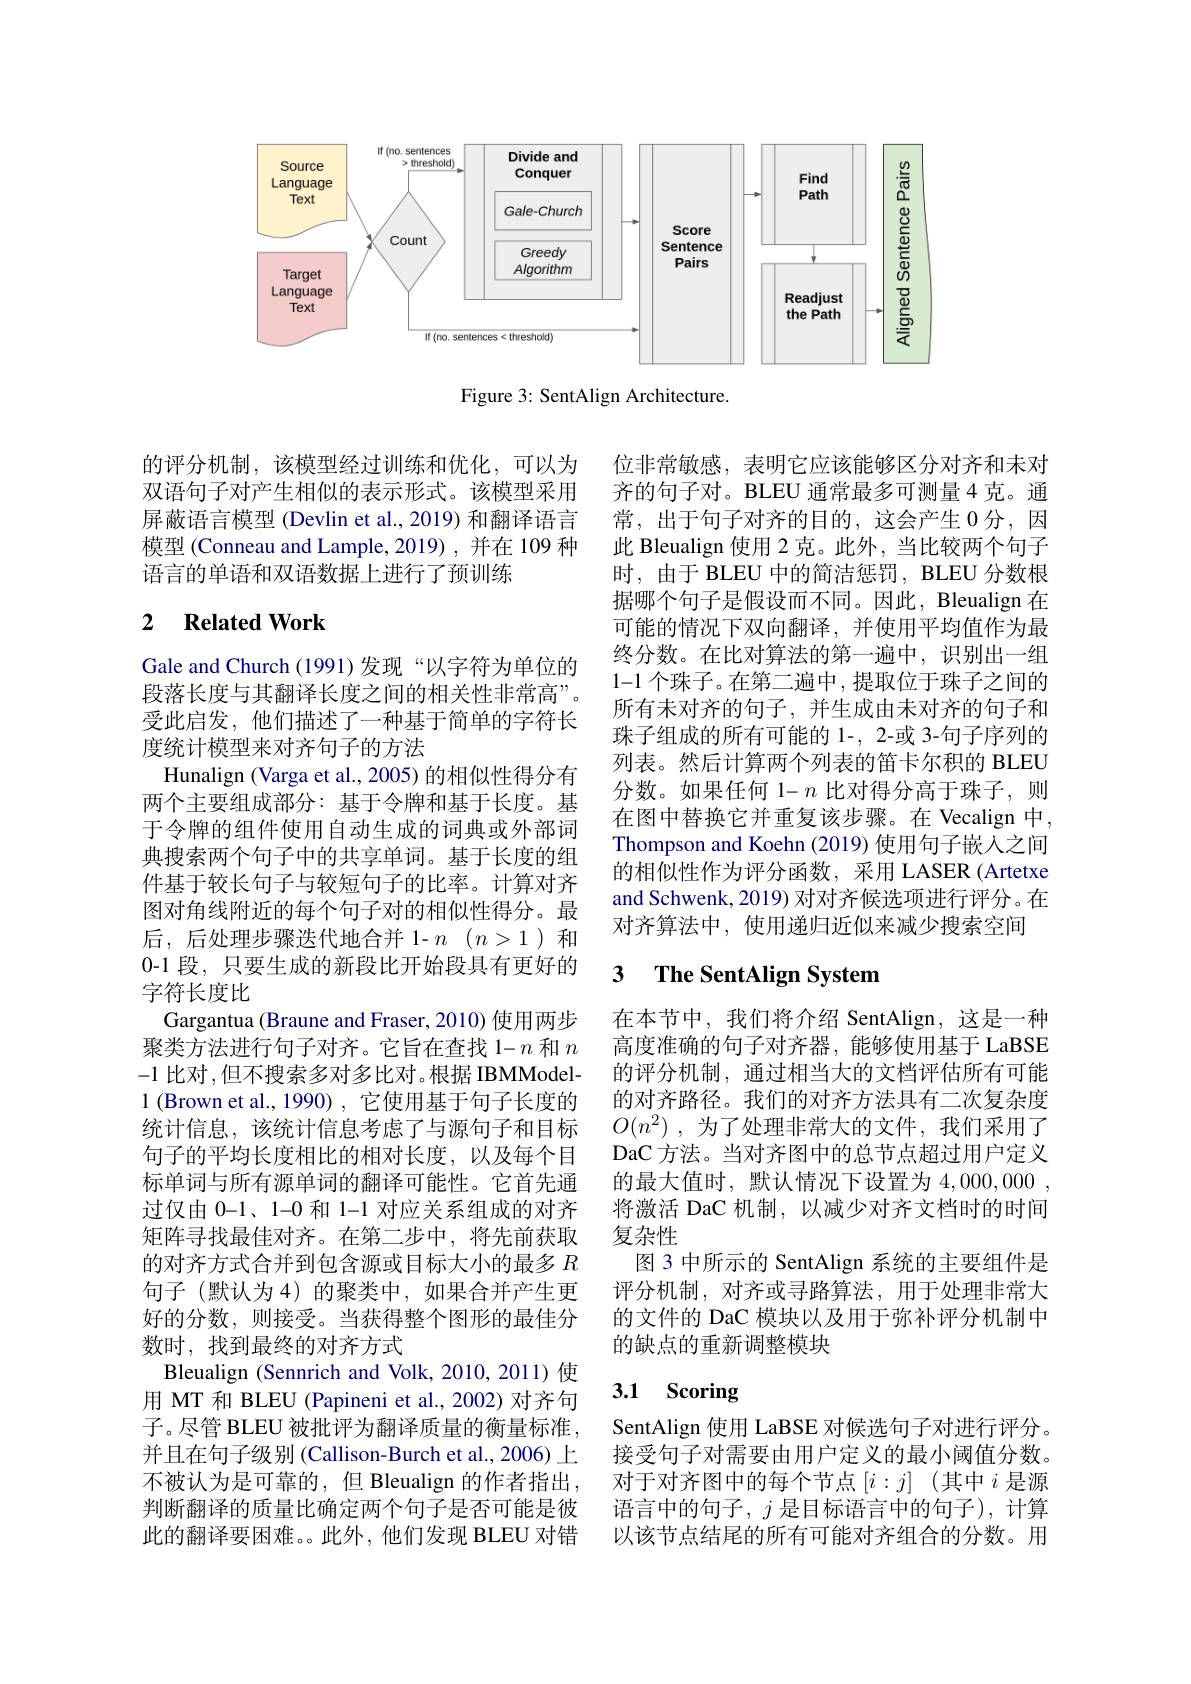
<FigureHere>

Figure 3: SentAlign Architecture.

的评分机制，该模型经过训练和优化，可以为双语句子对产生相似的表示形式。该模型采用屏蔽语言模型 (Devlin et al., 2019) 和翻译语言模型 (Conneau and Lample, 2019) , 并在 109 种语言的单语和双语数据上进行了预训练

## 2 $\textbf{Related Work}$

位非常敏感，表明它应该能够区分对齐和未对齐的句子对。BLEU 通常最多可测量 4 克。通常，出于句子对齐的目的，这会产生 0 分，因此 Bleualign 使用 2 克。此外 , 当比较两个句子时，由于 BLEU 中的简洁惩罚，BLEU 分数根据哪个句子是假设而不同。因此，Bleualign 在可能的情况下双向翻译，并使用平均值作为最终分数。在比对算法的第一遍中，识别出一组1-1 个珠子。在第二遍中，提取位于珠子之间的所有未对齐的句子，并生成由未对齐的句子和珠子组成的所有可能的 1-, 2-或 3-句子序列的列表。然后计算两个列表的笛卡尔积的 BLEU 分数。如果任何 1- $n$比对得分高于珠子，则在图中替换它并重复该步骤。在 Vecalign 中， Thompson and Koehn (2019) 使用句子嵌入之间的相似性作为评分函数，采用 LASER (Artetxe and Schwenk, 2019) 对对齐候选项进行评分。在对齐算法中，使用递归近似来减少搜索空间

# 3 $\textbf{The SentAlign System}$

Gale and Church (1991)发现“以字符为单位的段落长度与其翻译长度之间的相关性非常高”。受此启发，他们描述了一种基于简单的字符长度统计模型来对齐句子的方法
Hunalign (Varga et al., 2005) 的相似性得分有两个主要组成部分：基于令牌和基于长度。基于令牌的组件使用自动生成的词典或外部词典搜索两个句子中的共享单词。基于长度的组件基于较长句子与较短句子的比率。计算对齐图对角线附近的每个句子对的相似性得分。最后，后处理步骤迭代地合并 1- $n$ $( n> 1)$和0-1 段，只要生成的新段比开始段具有更好的字符长度比
Gargantua (Braune and Fraser, 2010) 使用两步聚类方法进行句子对齐。它旨在查找 1- $n$和$n$ -1 比对 ,但不搜索多对多比对。根据 IBMModel- 1 (Brown et al., 1990) , 它使用基于句子长度的统计信息，该统计信息考虑了与源句子和目标句子的平均长度相比的相对长度，以及每个目标单词与所有源单词的翻译可能性。它首先通过仅由 0-1、1-0 和 1-1 对应关系组成的对齐矩阵寻找最佳对齐。在第二步中，将先前获取的对齐方式合并到包含源或目标大小的最多$R$ 句子(默认为 4)的聚类中，如果合并产生更好的分数，则接受。当获得整个图形的最佳分数时，找到最终的对齐方式
Bleualign (Sennrich and Volk, 2010, 2011) 使用 MT 和 BLEU (Papineni et al., 2002) 对齐句子。尽管 BLEU 被批评为翻译质量的衡量标准， 并且在句子级别 (Callison-Burch et al., 2006) 上不被认为是可靠的，但 Bleualign 的作者指出， 判断翻译的质量比确定两个句子是否可能是彼此的翻译要困难。。此外，他们发现 BLEU 对错

在本节中，我们将介绍 SentAlign, 这是一种高度准确的句子对齐器，能够使用基于 LaBSE 的评分机制，通过相当大的文档评估所有可能的对齐路径。我们的对齐方法具有二次复杂度$O( n^2)$ , 为了处理非常大的文件，我们采用了DaC 方法。当对齐图中的总节点超过用户定义的最大值时，默认情况下设置为4，000,000, 将激活 DaC 机制，以减少对齐文档时的时间复杂性
图 3 中所示的 SentAlign 系统的主要组件是评分机制，对齐或寻路算法，用于处理非常大的文件的 DaC 模块以及用于弥补评分机制中的缺点的重新调整模块

# 3.1 Scoring

SentAlign 使用 LaBSE 对候选句子对进行评分。接受句子对需要由用户定义的最小阈值分数。对于对齐图中的每个节点$[i:j]$ (其中$i$是源语言中的句子，$j$是目标语言中的句子),计算以该节点结尾的所有可能对齐组合的分数。用